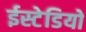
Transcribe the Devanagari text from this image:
ईस्टेडियो